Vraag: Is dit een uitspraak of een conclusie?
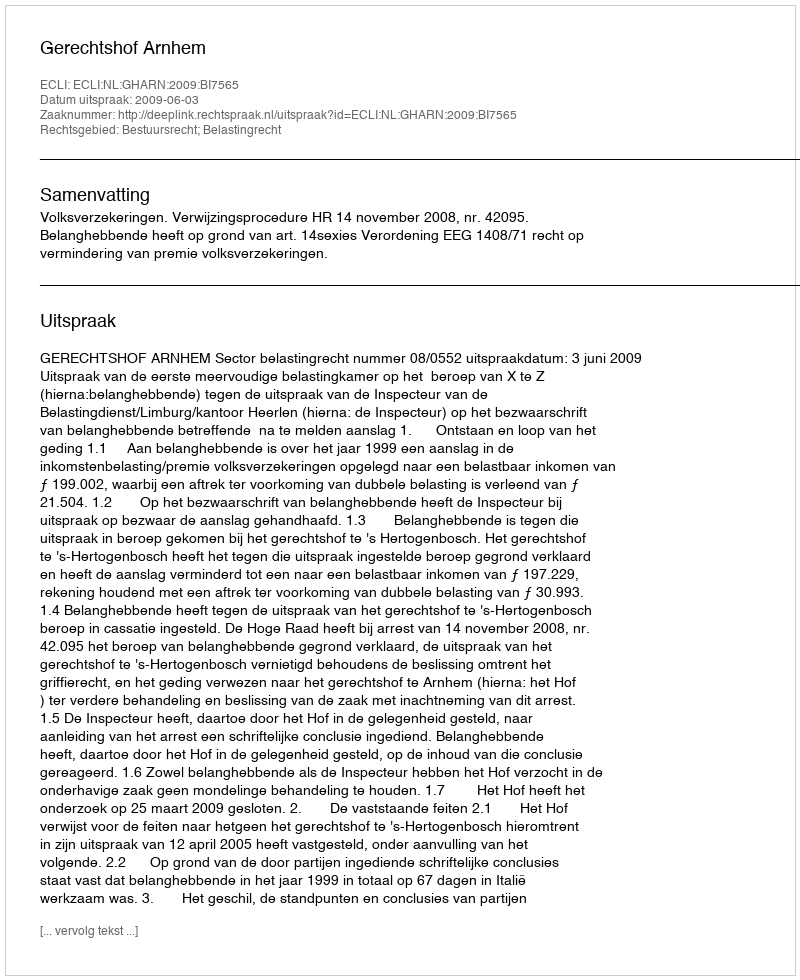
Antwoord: Uitspraak